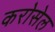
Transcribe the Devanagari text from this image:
करोसेल